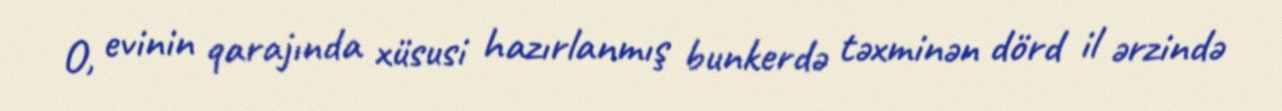
O, evinin qarajında xüsusi hazırlanmış bunkerdə təxminən dörd il ərzində